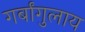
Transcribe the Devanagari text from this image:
गर्बांगुलाय